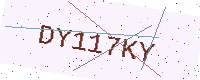
Text: DY117KY